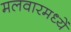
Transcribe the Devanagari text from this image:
मलवारमध्यें